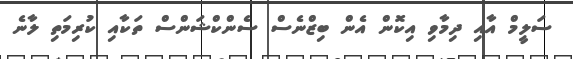
ސަލީމް އާއި ދިމާވި އިކޮން އެން ބިޒްނެސް ސެންކްޝަންސް ތަކާއި ކުރިމަތި ލާނެ